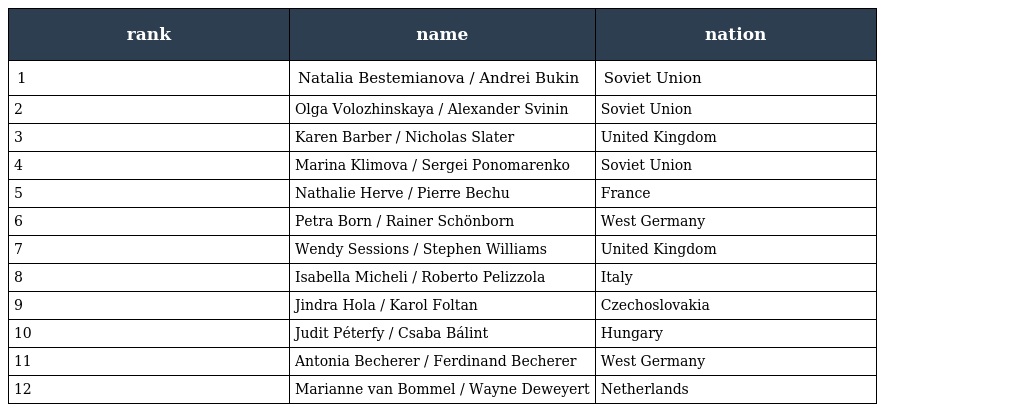
| rank | name | nation |
 | --- | --- | --- |
 | 1 | Natalia Bestemianova / Andrei Bukin | Soviet Union |
 | 2 | Olga Volozhinskaya / Alexander Svinin | Soviet Union |
 | 3 | Karen Barber / Nicholas Slater | United Kingdom |
 | 4 | Marina Klimova / Sergei Ponomarenko | Soviet Union |
 | 5 | Nathalie Herve / Pierre Bechu | France |
 | 6 | Petra Born / Rainer Schönborn | West Germany |
 | 7 | Wendy Sessions / Stephen Williams | United Kingdom |
 | 8 | Isabella Micheli / Roberto Pelizzola | Italy |
 | 9 | Jindra Hola / Karol Foltan | Czechoslovakia |
 | 10 | Judit Péterfy / Csaba Bálint | Hungary |
 | 11 | Antonia Becherer / Ferdinand Becherer | West Germany |
 | 12 | Marianne van Bommel / Wayne Deweyert | Netherlands |